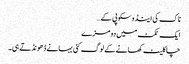
ناک کی اینڈوسکوپی کے…
ایک ٹکٹ میں دو مزے
چاکلیٹ کھانے کے لوگ کئی بہانے ڈھونڈتے ہی۔